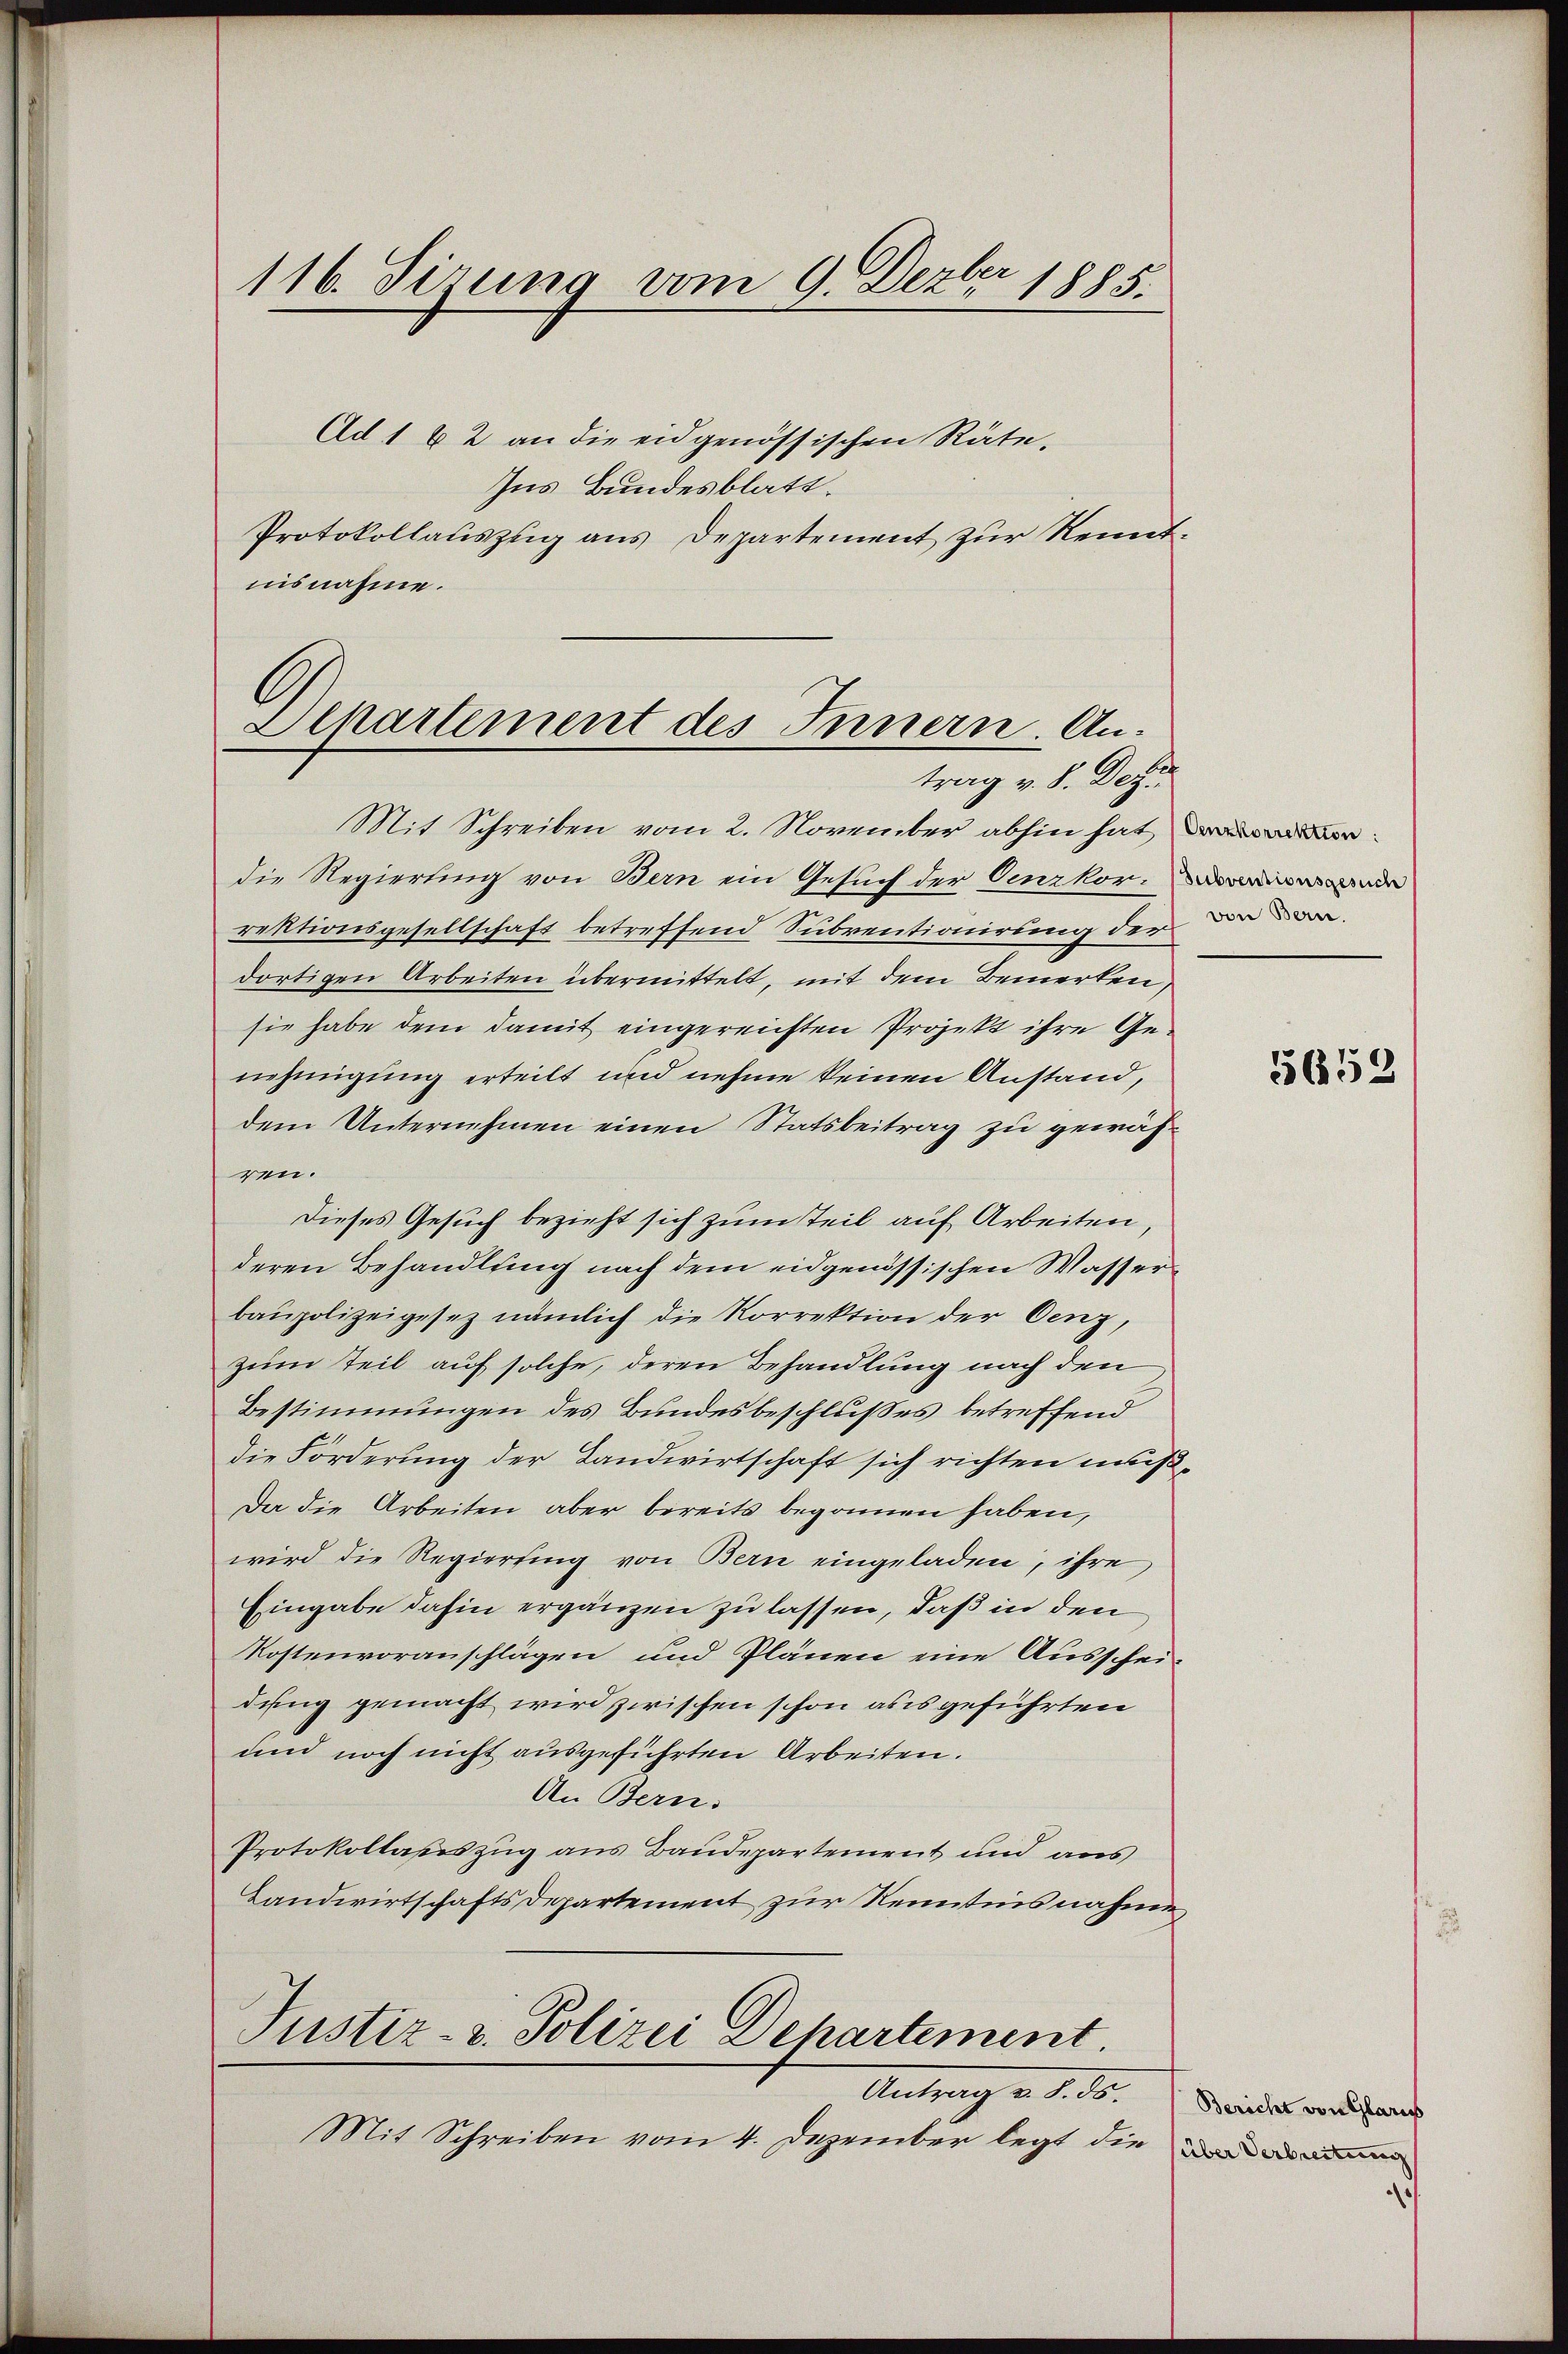
116. Sizung vom 9. Dezbr 1885.

A
Alkartement des Innern. Antrag v. 8. Dez.

Ad 1 x 2 an die eidgenössischen Räte-
Ins Bundesblatt.
Protokollauszug aus Departement zur Kenntnisnahme.

Mit Schreiben vom 2. November abhin hat
die Regierung von Bern ein Gesuch der Oerkore
rektionsgesellschaft betreffend Subventionirung der
dortigen Arbeiten übermittelt, mit dem Bemerken,
sie habe dem damit eingereichten Projekt ihre Genehmigung erteilt und nehme keinen Anstand,
dem Unternehmen einen Statsbeitrag zu gewähren.
Dieses Gesuch bezieht sich zum Teil auf Arbeiten,
deren Behandlung nach dem eidgenössischen Wasserbaupolizeigesez nämlich die Korrektion der Cenz,
zum Teil auf solche, deren Behandlung nach den
Bestimmungen des Bundesbeschlußes betreffend
die Forderung der Landwirtschaft sich richten muß¬
Da die Arbeiten aber bereits begonnen haben,
wird die Regierung von Bern eingeladen, ihre
Eingabe dahin ergänzen zu lassen, daß in den
Kostenvoranschlägen und Plänen eine Ausschei-
dung gemacht wird zwischen schon aus geführten
und noch nicht ausgeführten Arbeiten.
An Bern.
Protokollasiszug aus Baudepartement und aus
Landwirtschafts Departement zur Kenntnisnahme
Justiz- u. Polizei Dehartement
Antrag u. d. d. Beriches von herauf
Mit Schreiben vom 4. Dezember legt die

von Bern.

5653